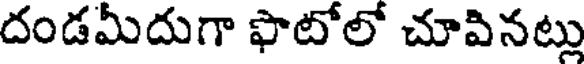
దండమీదుగా ఫొటోలో చూవినట్లు